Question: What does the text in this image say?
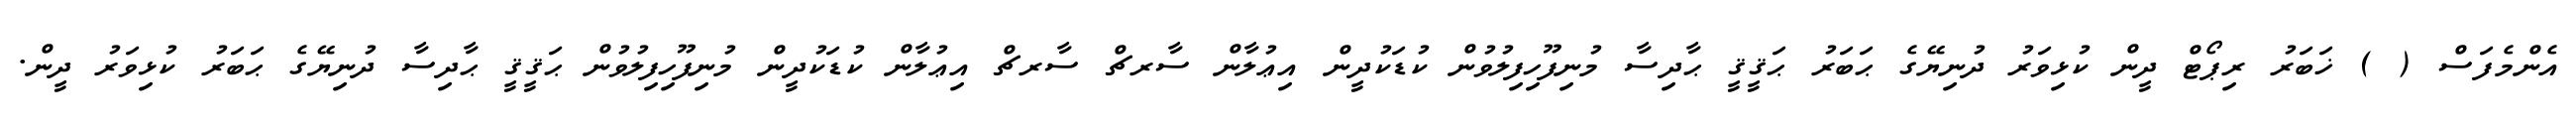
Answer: އެންމެފަސް ( ) ޚަބަރު ރިޕޯޓް ދީން ކުޅިވަރު ދުނިޔޭގެ ޙަބަރު ޙަޤީޤީ ޙާދިސާ މުނިފޫހިފިލުވުން ކުޑަކުދީން އިޢުލާން ސާރޗް ސާރޗް އިޢުލާން ކުޑަކުދީން މުނިފޫހިފިލުވުން ޙަޤީޤީ ޙާދިސާ ދުނިޔޭގެ ޙަބަރު ކުޅިވަރު ދީން.